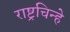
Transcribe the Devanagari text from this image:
राष्ट्रचिन्हे